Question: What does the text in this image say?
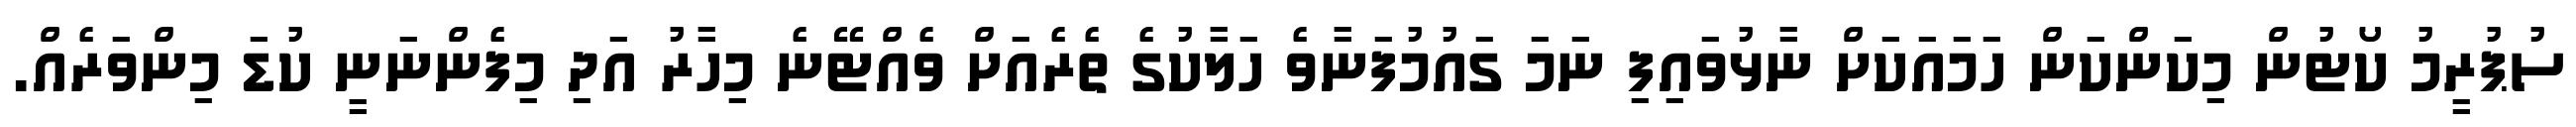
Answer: ސުޕުރީމު ކޯޓުން މިކަންކަން ހަމައަކަށް ނާޅުވައިފި ނަމަ ގައުމުފަނާވެ ހަލާކުގެ ތެރެއަށް ވެއްޓޭނެ މިހާރު އަދި މިފެންނަނީ ކުޑަ މިންވަރެއް.